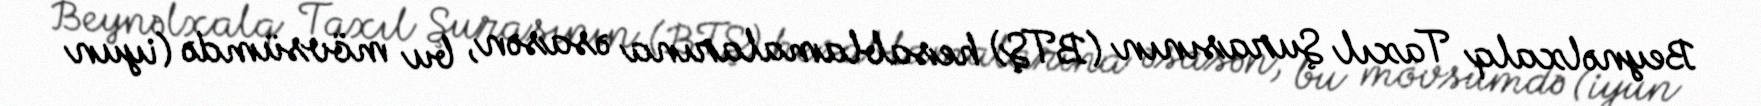
Beynəlxalq Taxıl Şurasının (BTŞ) hesablamalarına əsasən, bu mövsümdə (iyun